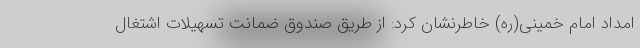
امداد امام خمینی(ره) خاطرنشان کرد: از طریق صندوق ضمانت تسهیلات اشتغال